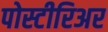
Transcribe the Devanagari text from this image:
पोस्टीरिअर